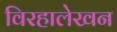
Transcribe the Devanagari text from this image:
विरहालेखन